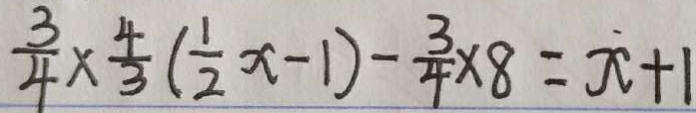
\frac { 3 } { 4 } \times \frac { 4 } { 3 } ( \frac { 1 } { 2 } x - 1 ) - \frac { 3 } { 4 } \times 8 = x + 1